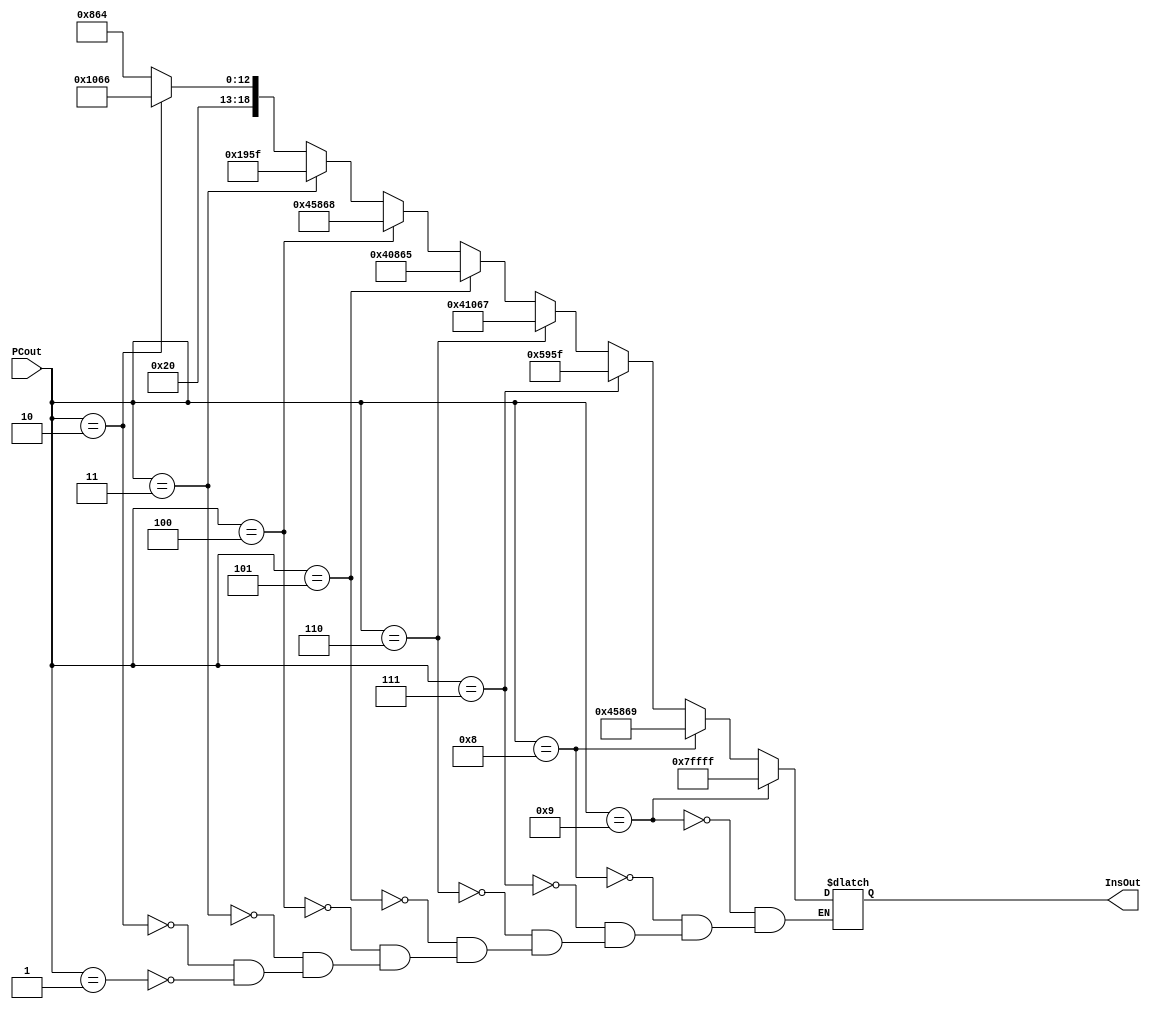
module InstructionMemory(input [11:0] PCout, output reg [18:0] InsOut);
  always @ (PCout) begin
    //if(PCout == 1)  InsOut <= 19'b0000001100101000000;
    //if(PCout == 2)  InsOut <= 19'b0001001101101000000;
    //if(PCout == 3)  InsOut <= 19'b0100010001100011001;
    //if(PCout == 4)  InsOut <= 19'b1100010110001100000;
    //if(PCout == 5)  InsOut <= 19'b1101111001110000000;
    //if(PCout == 6)  InsOut <= 19'b1000111000000000001;
    //if(PCout == 7)  InsOut <= 19'b1000010100000000001;
    //if(PCout == 8)  InsOut <= 19'b1010111111100000001;
    //if(PCout == 9)  InsOut <= 19'b1110011000000000001;
    //if(PCout == 9)  InsOut <= 19'b1110111000000001100;//jmp to 
    //if(PCout == 10)  InsOut <= 19'b0000001100101000000;//tmp
    //if(PCout == 11)  InsOut <= 19'b0000001100101000000;//tmp
    //if(PCout == 12)  InsOut <= 19'b0000001100101000000;//tmp
    //if(PCout == 13) InsOut <= 19'b1111001111111111111;//return to 10
    //if(PCout == 14) InsOut <= 19'b1010101010101010101;
    
    
    //Test Case 1: 
    if(PCout == 1) InsOut <= 19'b1000000100001100100;
    if(PCout == 2) InsOut <= 19'b1000001000001100110;
    if(PCout == 3) InsOut <= 19'b0000001100101011111;
    if(PCout == 4) InsOut <= 19'b1000101100001101000;
    if(PCout == 5) InsOut <= 19'b1000000100001100101;
    if(PCout == 6) InsOut <= 19'b1000001000001100111;
    if(PCout == 7) InsOut <= 19'b0000101100101011111;
    if(PCout == 8) InsOut <= 19'b1000101100001101001;
    if(PCout == 9) InsOut <= 19'b1111111111111111111;
    //TestCase 2:
    /*if(PCout == 1) InsOut <= 19'b0000011100000011111;
    if(PCout == 2) InsOut <= 19'b0000000100000000000;
    if(PCout == 3) InsOut <= 19'b0101001100100010100;
    if(PCout == 4) InsOut <= 19'b1010011111100000110;
    if(PCout == 5) InsOut <= 19'b1000001000101100100;
    if(PCout == 6) InsOut <= 19'b0001001111101011111;
    if(PCout == 7) InsOut <= 19'b1011100000000000001;
    if(PCout == 8) InsOut <= 19'b0000011101000011111;
    if(PCout == 9) InsOut <= 19'b0100000100100000001;
    if(PCout == 10) InsOut<= 19'b1110011000000000011;
    if(PCout == 11) InsOut<= 19'b1111111111111111111;*/
    
  end
endmodule